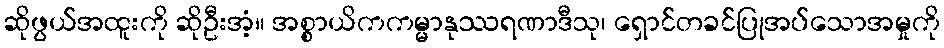
ဆိုဖွယ်အထူးကို ဆိုဦးအံ့။ အစ္စာယိကကမ္မာနုဿရဏာဒီသု၊ ရှောင်တခင်ပြုအပ်သောအမှုကို